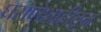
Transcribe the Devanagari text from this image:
घराणेशाहीतून